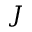
J